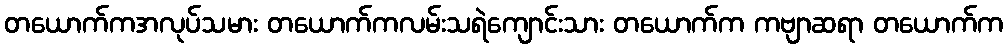
တယောက်ကအလုပ်သမား တယောက်ကလမ်းသရဲကျောင်းသား တယောက်က ကဗျာဆရာ တယောက်က